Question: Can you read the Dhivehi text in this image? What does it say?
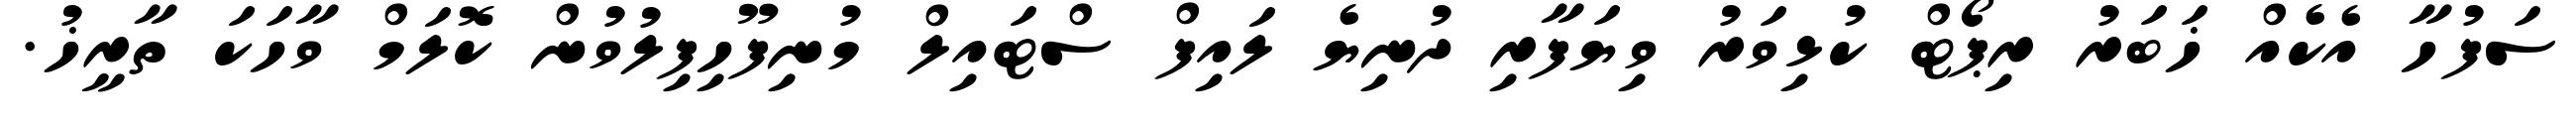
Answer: ސަފުހާ އެކެއް ޚަބަރު ރިޕޯޓް ކުޅިވަރު ވިޔަފާރި ދުނިޔެ ލައިފް ސްޓައިލް މުނިފޫހިފިލުވުން ކޮލަމް ވާހަކަ ތާރީޚު.